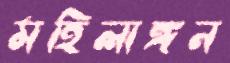
মহিলাঙ্গন